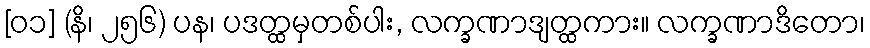
[၀၁] (နိ၊ ၂၅၆) ပန၊ ပဒတ္ထမှတစ်ပါး, လက္ခဏာဒျတ္ထကား။ လက္ခဏာဒိတော၊